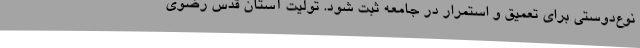
نوع‌دوستی برای تعمیق و استمرار در جامعه ثبت شود. تولیت آستان قدس رضوی